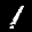
Label: 1